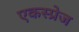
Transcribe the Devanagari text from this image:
एकस्प्रेज